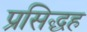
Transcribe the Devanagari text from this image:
प्रसिद्धह